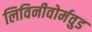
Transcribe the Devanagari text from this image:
लिविनीवोर्मवुड